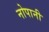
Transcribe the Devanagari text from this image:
नोपानी